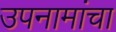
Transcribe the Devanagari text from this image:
उपनामांचा